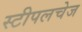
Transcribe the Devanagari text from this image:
स्टीपलचेज